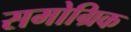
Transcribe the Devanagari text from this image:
समोग्रिक